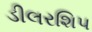
ડીલરશિપ